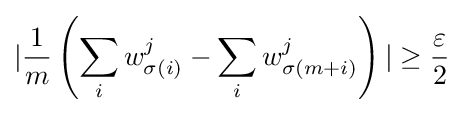
|{\frac {1}{m}}\left(\sum _{i}w_{\sigma (i)}^{j}-\sum _{i}w_{\sigma (m+i)}^{j}\right)|\geq {\frac {\varepsilon }{2}}